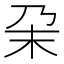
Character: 㭆